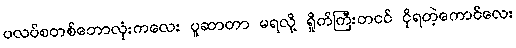
ပလပ်စတစ်ဘောလုံးကလေး ပူဆာတာ မရလို့ ရှိုက်ကြီးတငင် ငိုရတဲ့ကောင်လေး